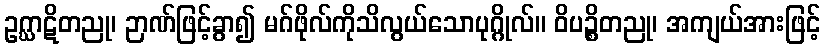
ဥဂ္ဃာဋိတညု၊ ဉာဏ်ဖြင့်ခွာ၍ မဂ်ဖိုလ်ကိုသိလွယ်သောပုဂ္ဂိုလ်။ ဝိပဉ္စိတညု၊ အကျယ်အားဖြင့်